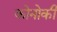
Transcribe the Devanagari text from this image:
कोनोकी